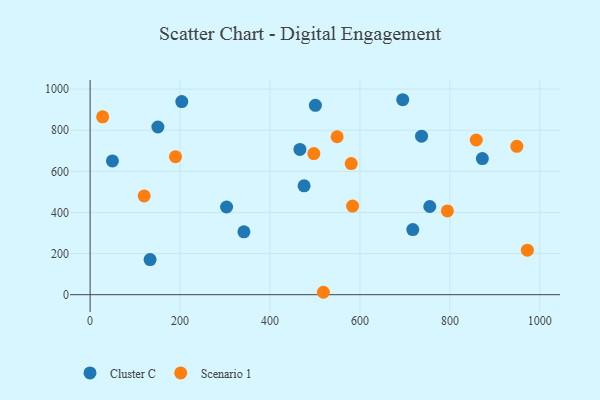
{"axis": {"x": "Ad Spend", "y": "Profit"}, "legend": ["Cluster C", "Scenario 1"], "data": [{"x": "303.4", "y": 426.7, "type": "Cluster C"}, {"x": "737.0", "y": 771.3, "type": "Cluster C"}, {"x": "150.7", "y": 815.7, "type": "Cluster C"}, {"x": "466.5", "y": 706.7, "type": "Cluster C"}, {"x": "755.3", "y": 429.1, "type": "Cluster C"}, {"x": "203.8", "y": 939.5, "type": "Cluster C"}, {"x": "695.1", "y": 948.4, "type": "Cluster C"}, {"x": "49.6", "y": 650.8, "type": "Cluster C"}, {"x": "872.2", "y": 662.3, "type": "Cluster C"}, {"x": "717.5", "y": 316.8, "type": "Cluster C"}, {"x": "133.3", "y": 170.9, "type": "Cluster C"}, {"x": "342.0", "y": 305.9, "type": "Cluster C"}, {"x": "475.8", "y": 529.8, "type": "Cluster C"}, {"x": "500.9", "y": 921.4, "type": "Cluster C"}, {"x": "580.6", "y": 637.8, "type": "Scenario 1"}, {"x": "583.6", "y": 431.3, "type": "Scenario 1"}, {"x": "189.8", "y": 671.2, "type": "Scenario 1"}, {"x": "497.5", "y": 686.4, "type": "Scenario 1"}, {"x": "858.6", "y": 752.4, "type": "Scenario 1"}, {"x": "794.4", "y": 407.4, "type": "Scenario 1"}, {"x": "972.3", "y": 216.7, "type": "Scenario 1"}, {"x": "27.8", "y": 865.1, "type": "Scenario 1"}, {"x": "518.7", "y": 11.8, "type": "Scenario 1"}, {"x": "549.2", "y": 768.3, "type": "Scenario 1"}, {"x": "948.8", "y": 721.8, "type": "Scenario 1"}, {"x": "120.2", "y": 480.3, "type": "Scenario 1"}]}